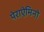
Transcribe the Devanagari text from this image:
पेराऐमिनो